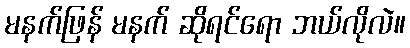
မနက်ဖြန် မနက် ဆိုရင်ရော ဘယ်လိုလဲ။